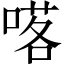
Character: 𠺴